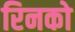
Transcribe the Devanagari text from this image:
रिनको